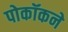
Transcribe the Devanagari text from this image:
पोकॉकने